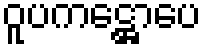
ဝူပကဋ္ဌောပေ